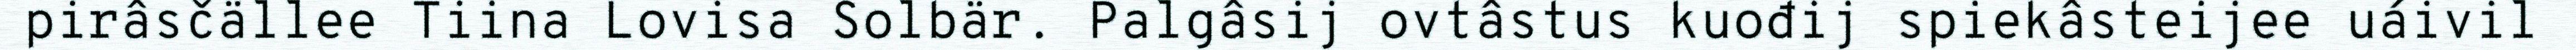
pirâsčällee Tiina Lovisa Solbär. Palgâsij ovtâstus kuođij spiekâsteijee uáivil